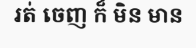
រត់ ចេញ ក៏ មិន មាន